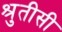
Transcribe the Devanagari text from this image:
श्रुतीसी